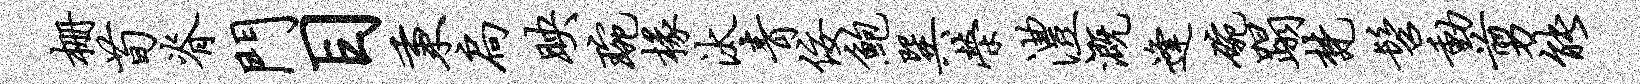
栅荀脊门目秉扃映琬椽汰青佞鲍巽荣澧溉逢碗蹋梵髫动剪能